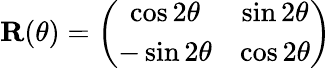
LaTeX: \textbf{R}(\theta)=\left(\begin{array}{cc}{\cos 2\theta}&{\sin 2\theta}\\ {-\sin 2\theta}&{\cos 2\theta}\end{array}\right)